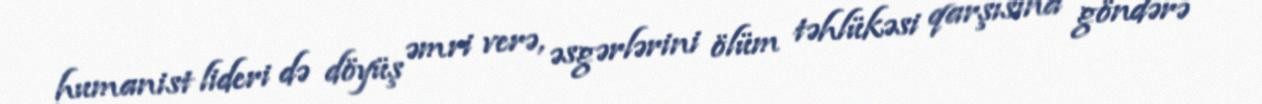
humanist lideri də döyüş əmri verə, əsgərlərini ölüm təhlükəsi qarşısına göndərə